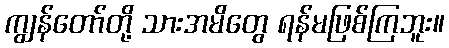
ကျွန်တော်တို့ သားအမိတွေ ရန်မဖြစ်ကြဘူး။